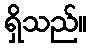
ရှိသည်။